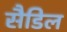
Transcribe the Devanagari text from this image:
सैडिल